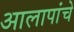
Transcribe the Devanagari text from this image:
आलापांचे